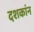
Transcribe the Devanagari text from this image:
दशकांन